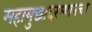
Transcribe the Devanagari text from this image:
महायुद्धादरम्यानचा